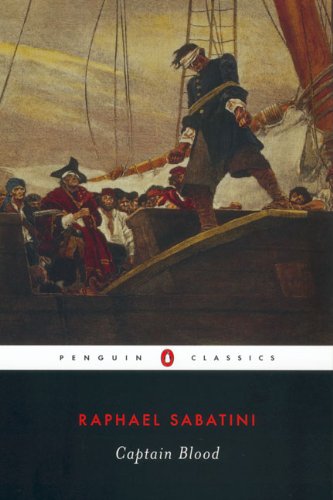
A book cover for Captain Blood (Penguin Classics); Rafael Sabatini; Literature & Fiction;